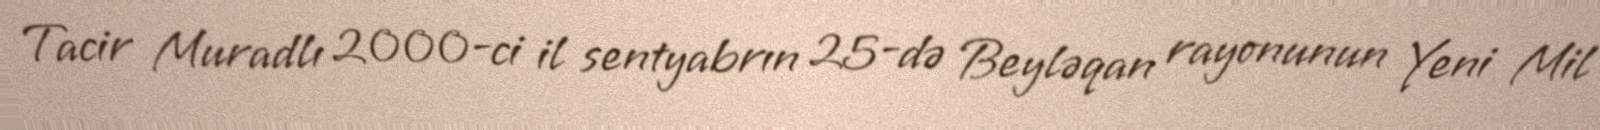
Tacir Muradlı 2000-ci il sentyabrın 25-də Beyləqan rayonunun Yeni Mil